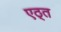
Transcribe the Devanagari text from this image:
एठ्त